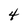
Character: 4